NAE_ERA_R-30_Eesti_Riiklik_Spordiamet, lk 131
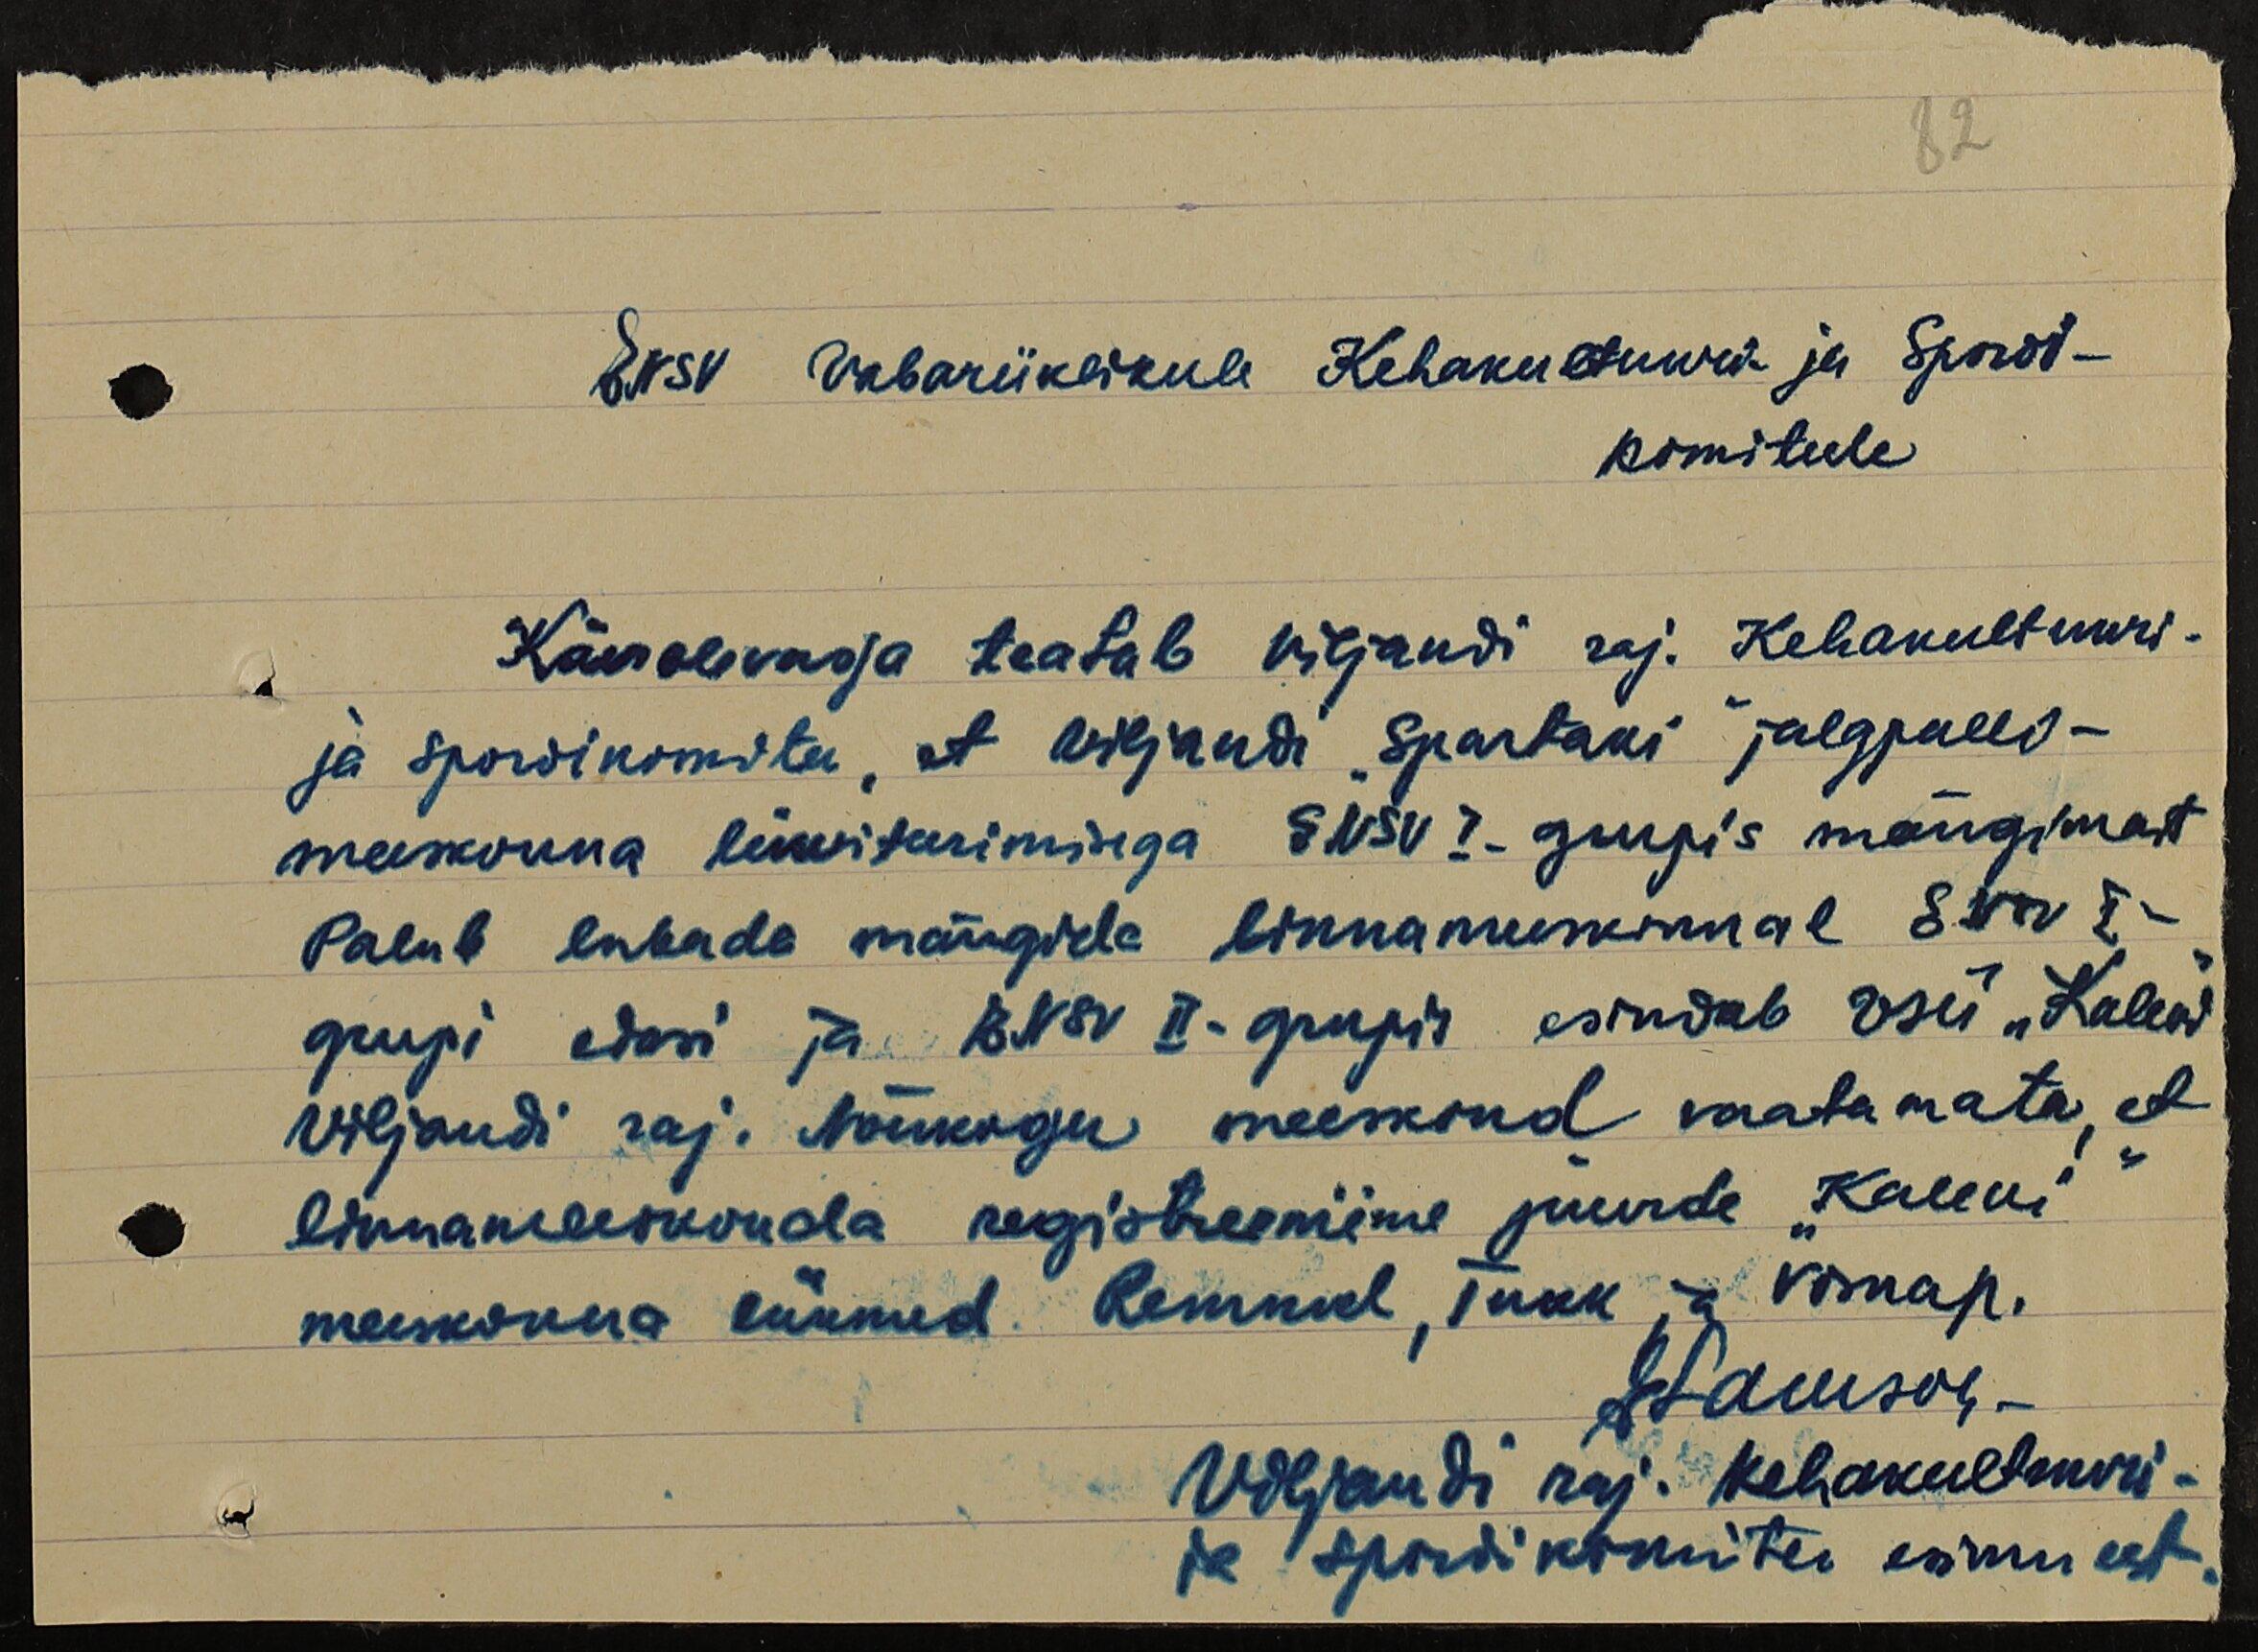
82
ENSV Vabariiklikule Kehakultuuri- ja Spordi-
komiteele
Käesolevaga teatab Viljandi raj. Kehakultuuri-
ja Spordikomitee, et Viljandi "Spartaki" jalgpalli-
meeskonna likviteerimisega ENSV I-grupis mängimast
Palub lubada mängida linnameeskonnal ENSV I-
grupi edasi ja ENSV II-grupis esindab VSÜ "Kalew"
Viljandi raj. Nõukogu meeskond vaatamata, et
linnameeskonda registrerniime juurde "Kalevi"
meekonna liikmed. Remmel, Tukk ja Visnap.
ELaurson
Viljandi raj. Kehakultuuri-
ja Spordikomitee esime eest.